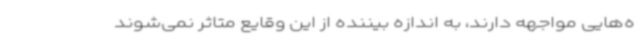
ه‌هایی مواجهه دارند، به اندازه بیننده از این وقایع متاثر نمی‌شوند